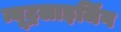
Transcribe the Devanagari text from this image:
न्यूट्रलाइजिंग